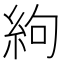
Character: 絇